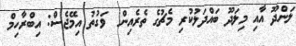
ލަންދޫ އާއި މިލަދޫ ބައްދަލުކުރި މެޗުގެ ތެރެއިން  ވަގުތު އިމޭޖެސް: އިބްރާހިމް